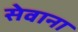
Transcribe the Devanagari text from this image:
सेवाना